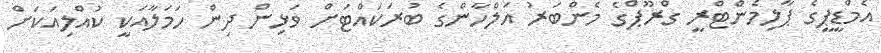
އެމްޑީޕީގެ ޕާލިމެންޓްރީ ގްރޫޕްގެ މެންބަރު އަލްހާންގެ ބުރަކައްޓަށް ވަޅިން ދިން ހަމަލާއަކީ ކުއްލިއަކަށް